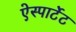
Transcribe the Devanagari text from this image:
ऐस्पार्टेट